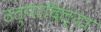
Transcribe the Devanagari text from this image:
उत्पादिल्या